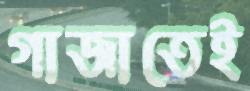
গাজাতেই